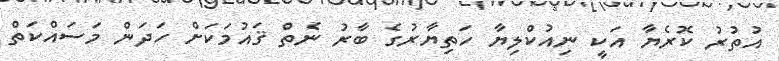
އުތުރު ކޮރެޔާ އަކީ ނިއުކްލިޔާ ހަތިޔާރުގެ ބާރު ނެތް ޤައުމަކަށް ހަދަން މަސައްކަތް